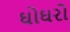
ઘોઘરો